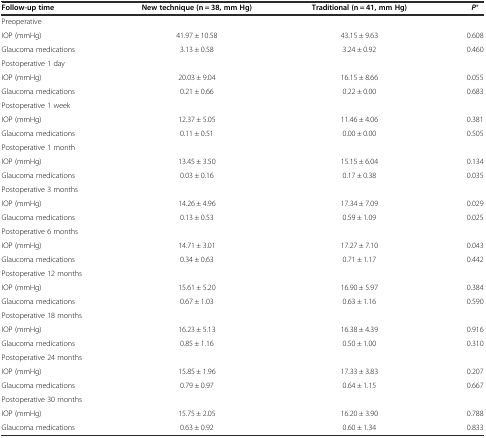
<table><thead><tr><td><b>Follow-up time</b></td><td><b>New technique (n = 38, mm Hg)</b></td><td><b>Traditional (n = 41, mm Hg)</b></td><td><b><i>P</i>*</b></td></tr></thead><tbody><tr><td>Preoperative</td><td></td><td></td><td></td></tr><tr><td>IOP (mmHg)</td><td>41.97 ± 10.58</td><td>43.15 ± 9.63</td><td>0.608</td></tr><tr><td>Glaucoma medications</td><td>3.13 ± 0.58</td><td>3.24 ± 0.92</td><td>0.460</td></tr><tr><td>Postoperative 1 day</td><td></td><td></td><td></td></tr><tr><td>IOP (mmHg)</td><td>20.03 ± 9.04</td><td>16.15 ± 8.66</td><td>0.055</td></tr><tr><td>Glaucoma medications</td><td>0.21 ± 0.66</td><td>0.22 ± 0.00</td><td>0.683</td></tr><tr><td>Postoperative 1 week</td><td></td><td></td><td></td></tr><tr><td>IOP (mmHg)</td><td>12.37 ± 5.05</td><td>11.46 ± 4.06</td><td>0.381</td></tr><tr><td>Glaucoma medications</td><td>0.11 ± 0.51</td><td>0.00 ± 0.00</td><td>0.505</td></tr><tr><td>Postoperative 1 month</td><td></td><td></td><td></td></tr><tr><td>IOP (mmHg)</td><td>13.45 ± 3.50</td><td>15.15 ± 6.04</td><td>0.134</td></tr><tr><td>Glaucoma medications</td><td>0.03 ± 0.16</td><td>0.17 ± 0.38</td><td>0.035</td></tr><tr><td>Postoperative 3 months</td><td></td><td></td><td></td></tr><tr><td>IOP (mmHg)</td><td>14.26 ± 4.96</td><td>17.34 ± 7.09</td><td>0.029</td></tr><tr><td>Glaucoma medications</td><td>0.13 ± 0.53</td><td>0.59 ± 1.09</td><td>0.025</td></tr><tr><td>Postoperative 6 months</td><td></td><td></td><td></td></tr><tr><td>IOP (mmHg)</td><td>14.71 ± 3.01</td><td>17.27 ± 7.10</td><td>0.043</td></tr><tr><td>Glaucoma medications</td><td>0.34 ± 0.63</td><td>0.71 ± 1.17</td><td>0.442</td></tr><tr><td>Postoperative 12 months</td><td></td><td></td><td></td></tr><tr><td>IOP (mmHg)</td><td>15.61 ± 5.20</td><td>16.90 ± 5.97</td><td>0.384</td></tr><tr><td>Glaucoma medications</td><td>0.67 ± 1.03</td><td>0.63 ± 1.16</td><td>0.590</td></tr><tr><td>Postoperative 18 months</td><td></td><td></td><td></td></tr><tr><td>IOP (mmHg)</td><td>16.23 ± 5.13</td><td>16.38 ± 4.39</td><td>0.916</td></tr><tr><td>Glaucoma medications</td><td>0.85 ± 1.16</td><td>0.50 ± 1.00</td><td>0.310</td></tr><tr><td>Postoperative 24 months</td><td></td><td></td><td></td></tr><tr><td>IOP (mmHg)</td><td>15.85 ± 1.96</td><td>17.33 ± 3.83</td><td>0.207</td></tr><tr><td>Glaucoma medications</td><td>0.79 ± 0.97</td><td>0.64 ± 1.15</td><td>0.667</td></tr><tr><td>Postoperative 30 months</td><td></td><td></td><td></td></tr><tr><td>IOP (mmHg)</td><td>15.75 ± 2.05</td><td>16.20 ± 3.90</td><td>0.788</td></tr><tr><td>Glaucoma medications</td><td>0.63 ± 0.92</td><td>0.60 ± 1.34</td><td>0.833</td></tr></tbody></table>